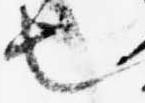
也